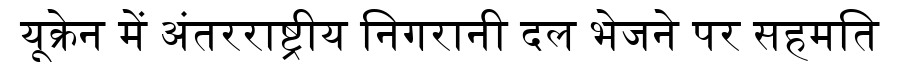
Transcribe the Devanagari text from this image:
यूक्रेन में अंतरराष्ट्रीय निगरानी दल भेजने पर सहमति